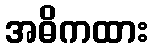
အဓိကထား